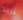
تريد